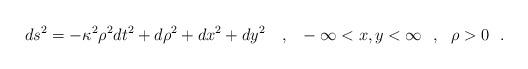
LaTeX: \begin{align*}ds^2=-\kappa^2\rho^2 dt^2 +d\rho^2+dx^2+dy^2{}~~~,~~-\infty <x,y<\infty~~,~~\rho > 0~~.\end{align*}